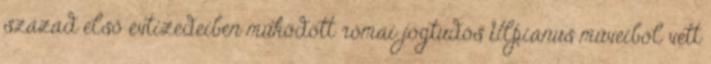
század első évtizedeiben működött római jogtudós Ulpianus műveiból vett